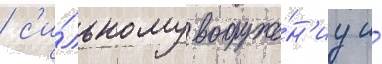
/ с'и́льному вооруже́н'иу и́